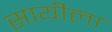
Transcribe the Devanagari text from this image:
सायीला